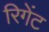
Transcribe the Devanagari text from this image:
रिगेंट